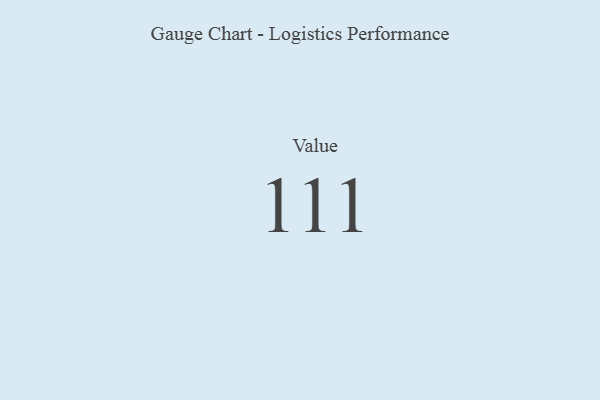
{"axis": {"x": "Metric", "y": "Value"}, "legend": [""], "data": [{"x": "Value", "y": 111, "type": ""}]}